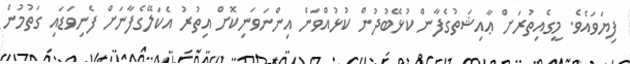
ފިޔަވައެވެ. މީގެއިތުރަށް ޢާއިޝަތުގެފާން ކުޅޭބުދުން ކުޅުއްވަން އިންނަވަނިކޮށް އިތުރު އެކަލޭގެފާނަށް ފެނިވަޑައި ގަތުމުން